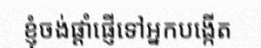
ខ្ញុំចង់ផ្តាំផ្ញើទៅអ្នកបង្កើត